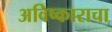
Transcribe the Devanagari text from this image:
अविष्काराचा